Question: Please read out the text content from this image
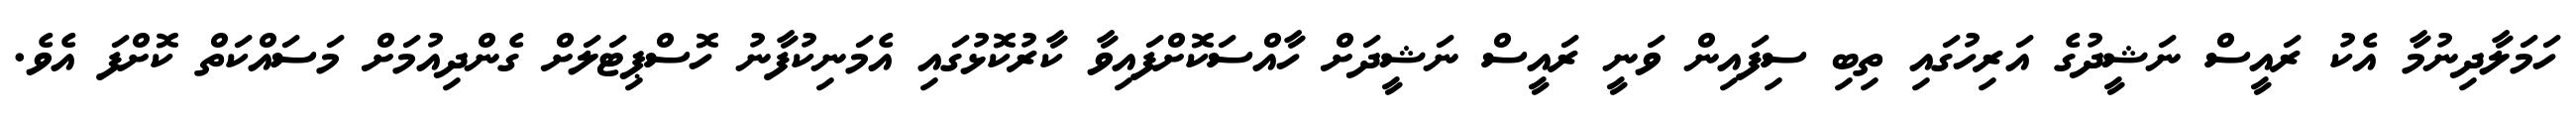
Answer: ހަމަލާދިނުމާ އެކު ރައީސް ނަޝީދުގެ އަރިހުގައި ތިބި ސިފައިން ވަނީ ރައީސް ނަޝީދަށް ހާއްސަކޮށްފައިވާ ކާރުކޮޅުގައި އެމަނިކުފާނު ހޮސްޕިޓަލަށް ގެންދިއުމަށް މަސައްކަތް ކޮށްފަ އެވެ.